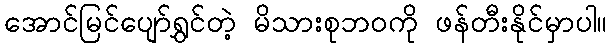
အောင်မြင်ပျော်ရွှင်တဲ့ မိသားစုဘဝကို ဖန်တီးနိုင်မှာပါ။